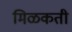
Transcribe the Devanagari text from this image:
मिळकती